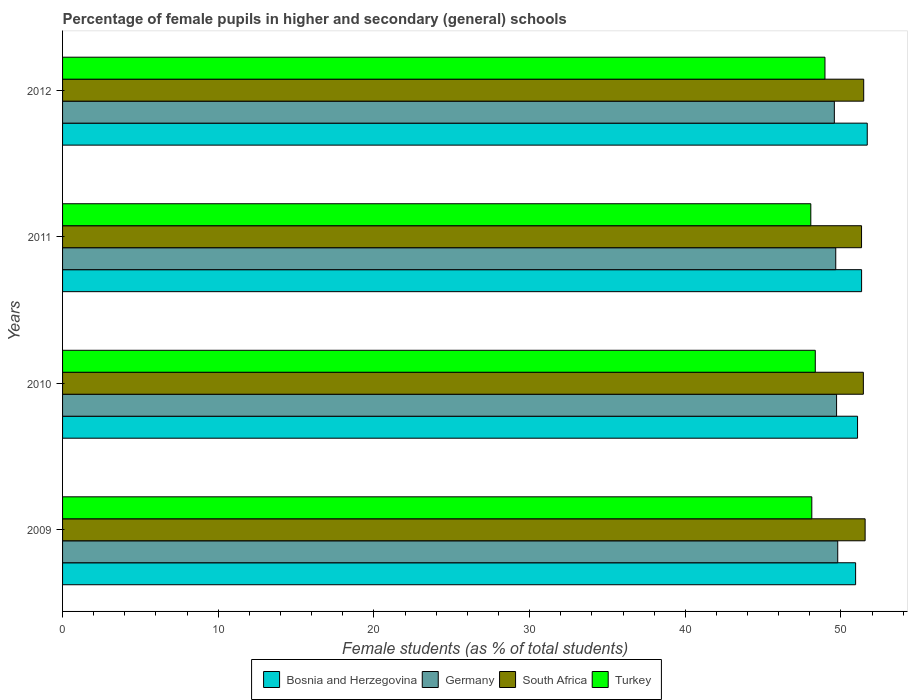
| Years | Bosnia and Herzegovina | Germany | South Africa | Turkey |
 | --- | --- | --- | --- | --- |
 | 2009 | 50.9 | 49.8 | 51.6 | 48.1 |
 | 2010 | 51.1 | 49.7 | 51.4 | 48.3 |
 | 2011 | 51.3 | 49.7 | 51.3 | 48.1 |
 | 2012 | 51.7 | 49.6 | 51.5 | 49 |